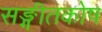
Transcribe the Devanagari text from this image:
सङ्गीतकोष